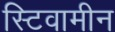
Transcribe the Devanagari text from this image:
स्टिवामीन